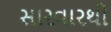
સારવારથી